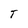
Character: T